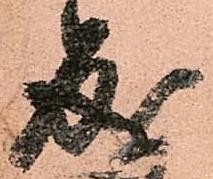
成